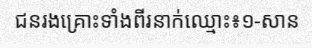
ជនរងគ្រោះទាំងពីរនាក់ឈ្មោះ៖១-សាន